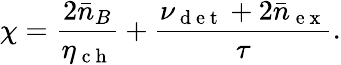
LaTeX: \chi=\frac{2\bar{n}_{B}}{\eta_{\mathrm{~c~h~}}}+\frac{\nu_{\mathrm{~d~e~t~}}+2\bar{n}_{\mathrm{~e~x~}}}{\tau}.